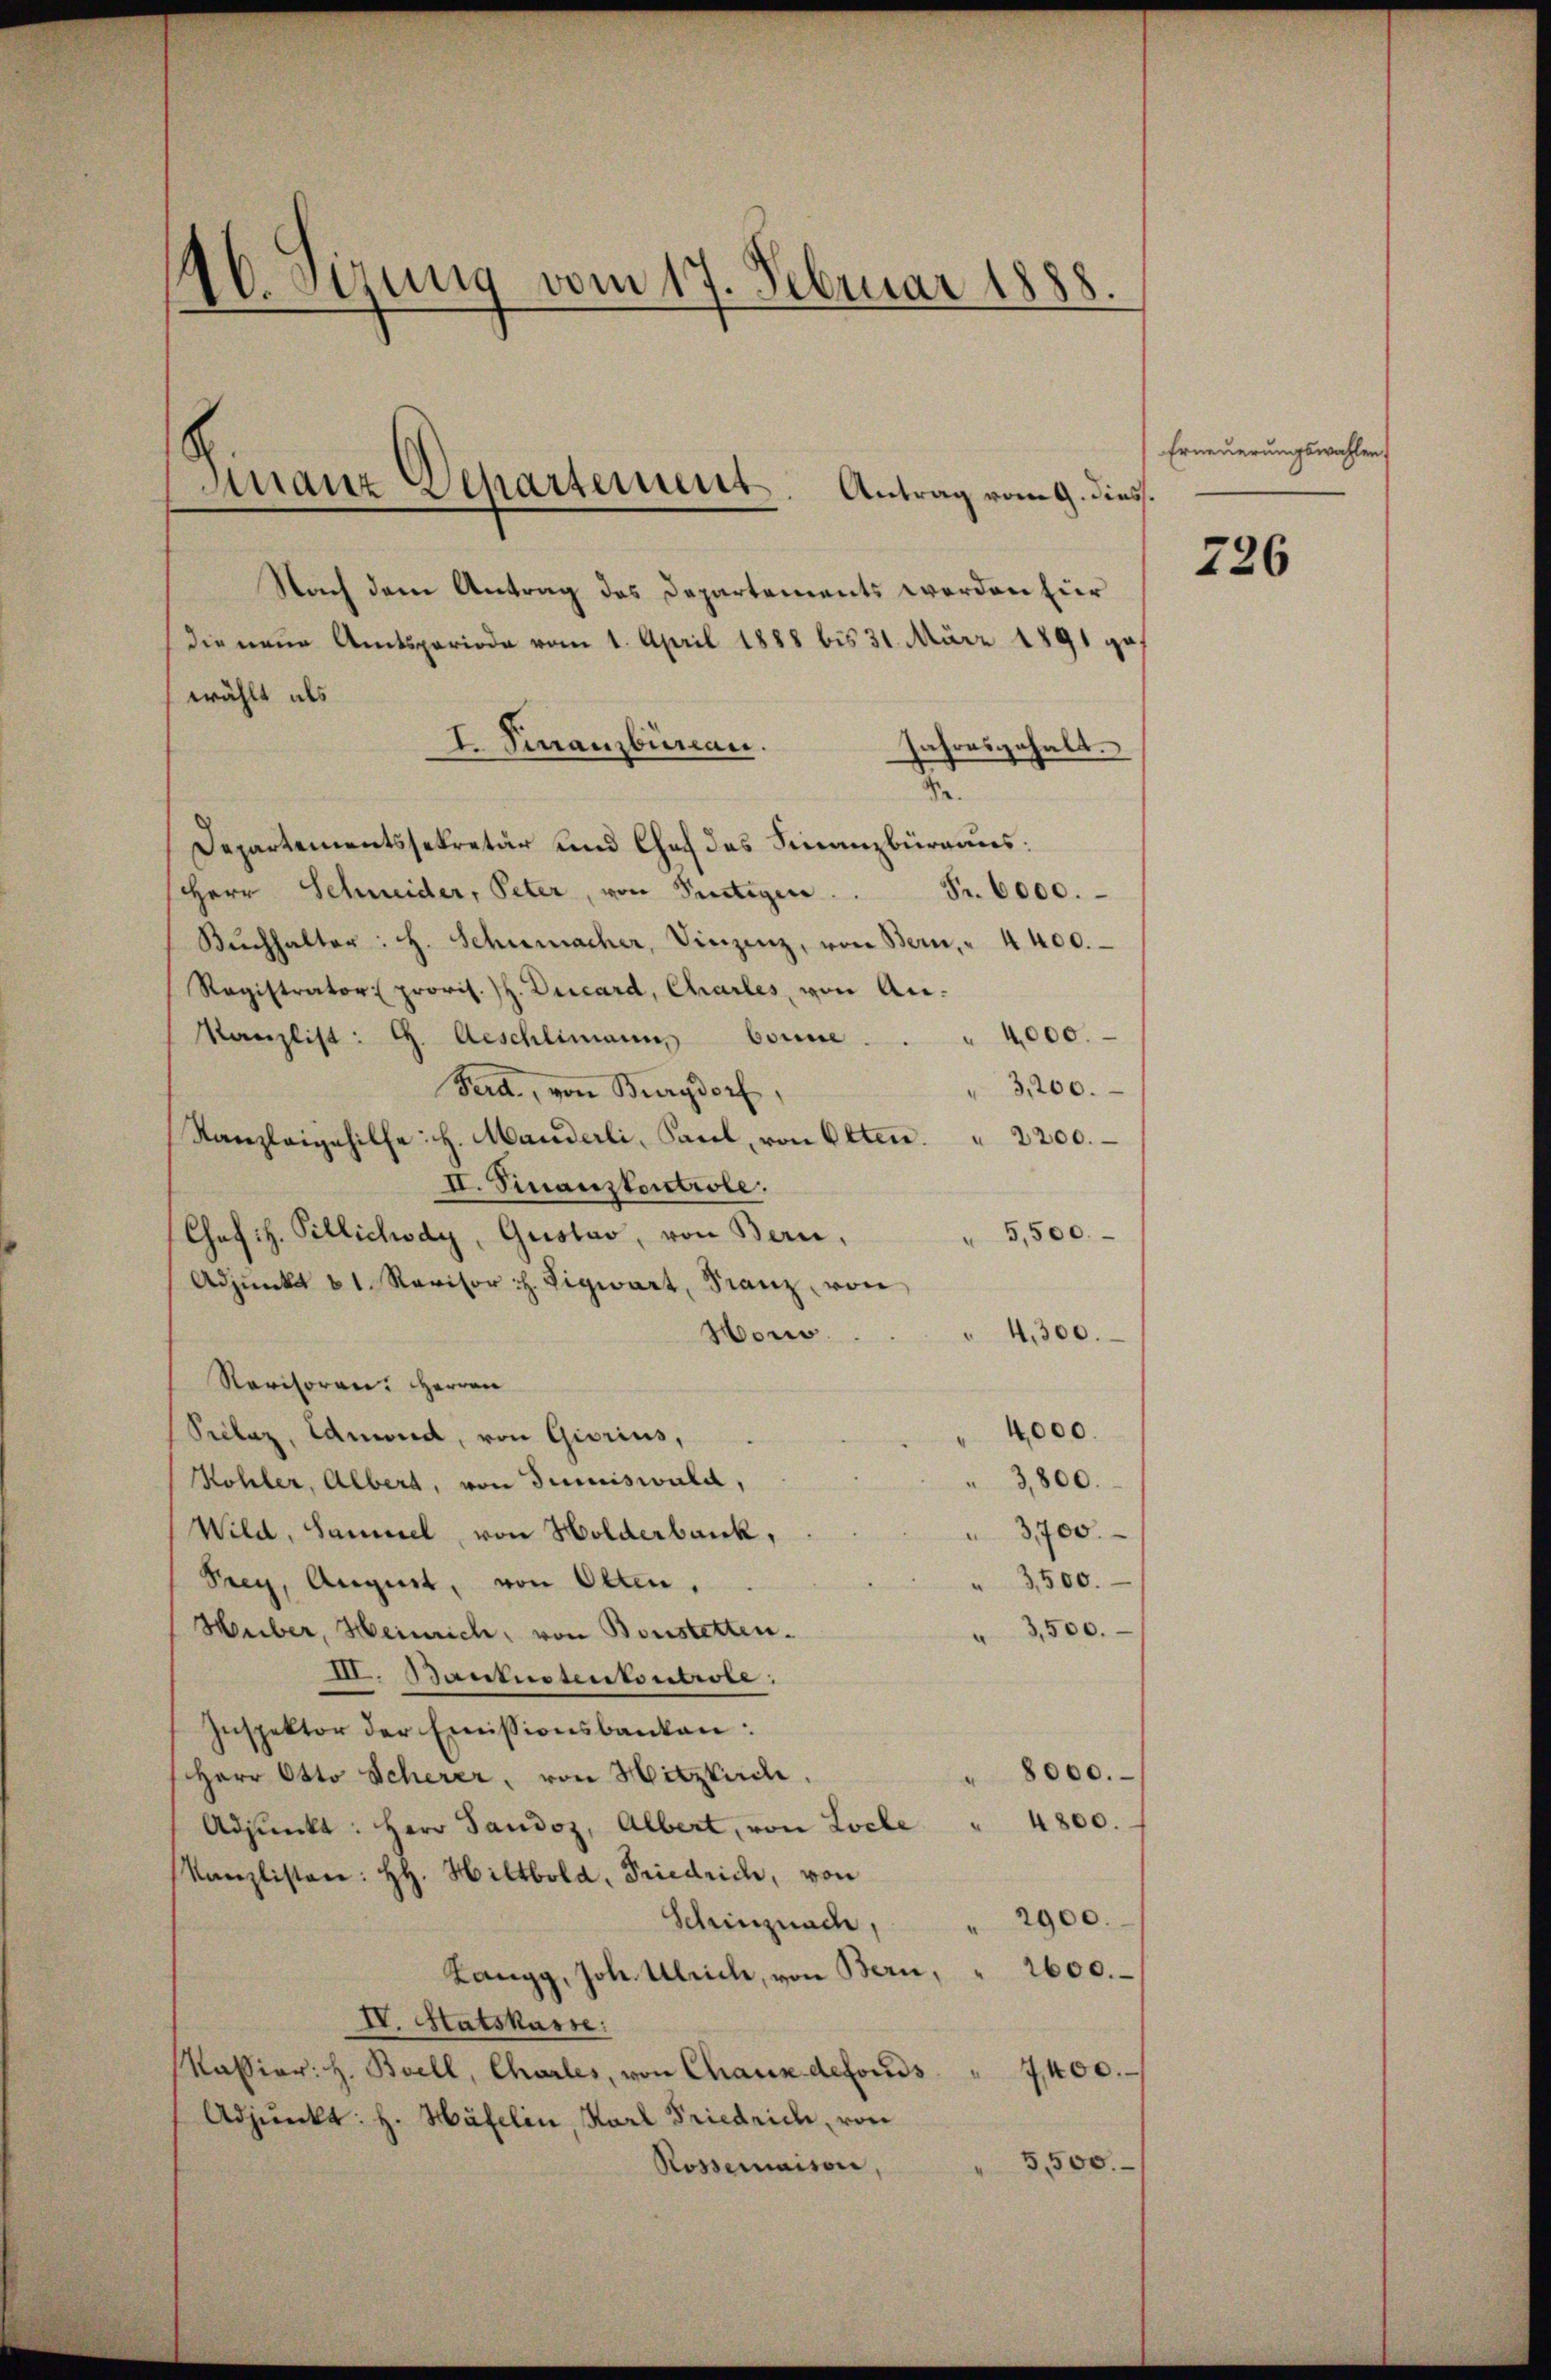
46. Sizung vom 17. Februar 1888.
Finanz Departement. Antrag vom 9. diess.

Nach dem Antrag des Departements werden hier
die neue Amtsperiode vom 1. April 1888 bis 31. März 1891 ga
I. Finanzbureau.
Jahresgehalt.
S.
Departementssekretär und Chef des Finanzbüreaus:
Fr. 6000.
HHerr Schneider, Peter, von Pertigen.
Bŭchhalter: H. Schumacher, Vinzenz, von Bern, " 4400.
Ragistrator provis. H. Ducard, Charles, von An¬
Kanzlist: G. Aeschlimanns Conse
" 4000.
3,200.
Perd, von Burgdorf,
Kanzleigehilfe: H. Manderli, Paul, von Otten. " 2200.
II. Finanzkontrole.
5,500.
Chef. H. Pillichody, Gustav, von Bern,
Adjunkt u 1. Revisor H. Vigwart, Franz von
4,300.
Hon.
Ravisoren: Herren
4000.
Prelaz, Eduard, von Giorius,
3,800.
Kohler, Albert, von deciswald,
Wild, Sammel, von Holderbank,
3,700.
Prey, August, von Olten,
3500.
3,500.
Huber, Heinrich, von Bonstetten.
III. Banknotenkontrole:
Inspektor der Emissionsbanken:
8000.
Herr Otto Scherer, von Hitzkirch
Adpŭnkt: Herr Sandoz, Albert, von Loche " 4800.
Kanzlisten: H. Hiltbold, Friedrich, von
2900.
Schinznach,
Langg, Joh. Ulrich, von Bern, 2600. –
IV. Statskasse:
Kassion: H. Boell, Charles, von Chaux defonds
7,400.
Adjunkt: H. Häfelin, Karl Friedrich, von
5,500.
Rossemaison,

wählt als

Erneuerungswahlen,

226